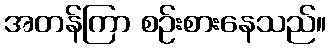
အတန်ကြာ စဉ်းစားနေသည်။